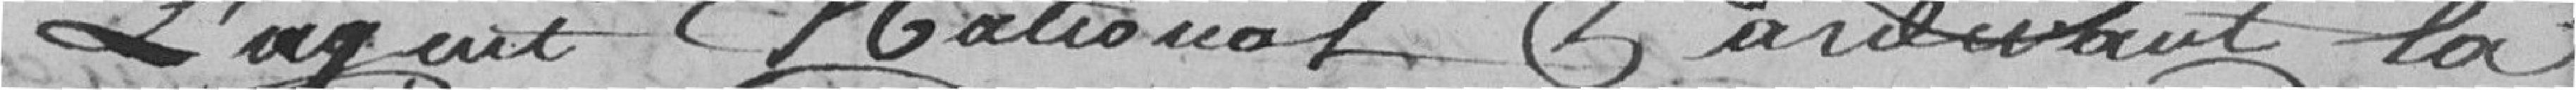
l'agent national pardevant la